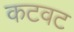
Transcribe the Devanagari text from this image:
कटवट